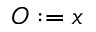
O : = x